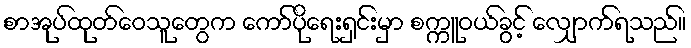
စာအုပ်ထုတ်ဝေသူတွေက ကော်ပိုရေးရှင်းမှာ စက္ကူဝယ်ခွင့် လျှောက်ရသည်။